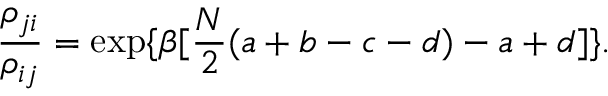
\frac { \rho _ { j i } } { \rho _ { i j } } = \exp \{ \beta [ \frac { N } { 2 } ( a + b - c - d ) - a + d ] \} .